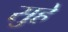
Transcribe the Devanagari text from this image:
सुहे